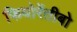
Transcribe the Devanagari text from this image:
फियोरेंतीबो